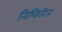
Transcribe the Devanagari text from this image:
निष्किटित